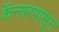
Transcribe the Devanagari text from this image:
कॅन्सरपासून